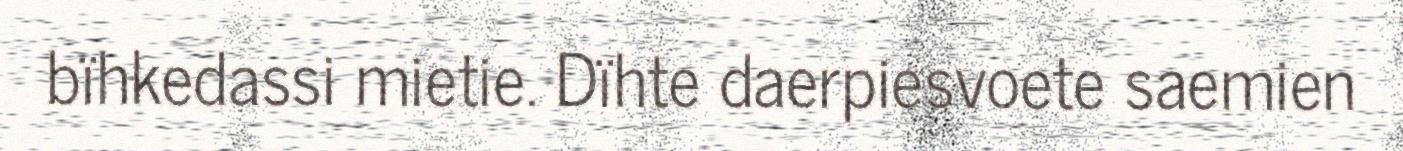
bïhkedassi mietie. Dïhte daerpiesvoete saemien